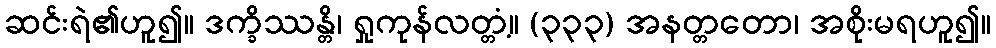
ဆင်းရဲ၏ဟူ၍။ ဒက္ခိဿန္တိ၊ ရှုကုန်လတ္တံ့။ (၃၃၃) အနတ္တတော၊ အစိုးမရဟူ၍။